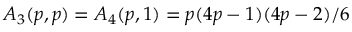
A _ { 3 } ( p , p ) = A _ { 4 } ( p , 1 ) = p ( 4 p - 1 ) ( 4 p - 2 ) / 6